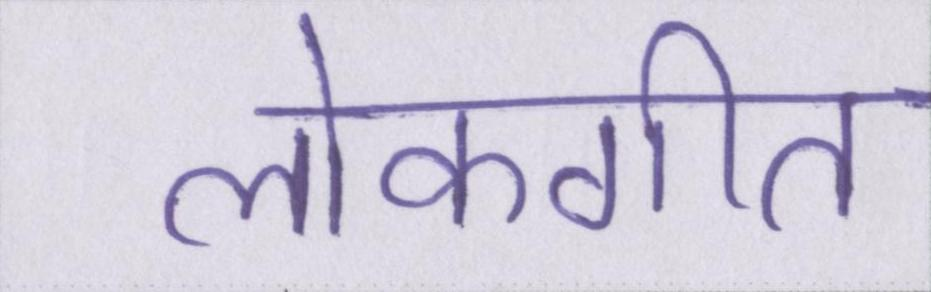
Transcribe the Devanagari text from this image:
लोकगीत